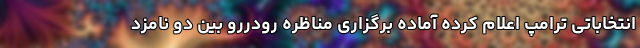
انتخاباتی ترامپ اعلام کرده آماده برگزاری مناظره رودررو بین دو نامزد